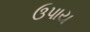
ઉપાય